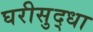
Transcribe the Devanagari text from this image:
घरीसुद्धा